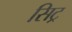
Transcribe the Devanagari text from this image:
सिट्र